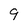
Character: 9